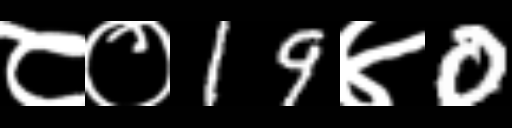
Text: ८०19४0